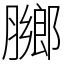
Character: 膷